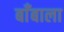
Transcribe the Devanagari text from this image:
बाँबाला